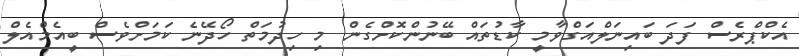
އެކްޕްރެސް ފަދަ ބައިނަލްއަގްވާމީ ކާޑުތައް ބޭނުންކޮށްގެން މި ހިދުމަތް ހޯދޭނެ ކަމަށްވެސް ބީއެމްއެލް